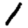
Digit: 1